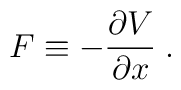
F\equiv -\frac{\partial V}{\partial x}\;.